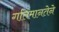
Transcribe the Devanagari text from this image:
गतिमानतेने